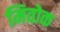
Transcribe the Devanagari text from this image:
मिवोक